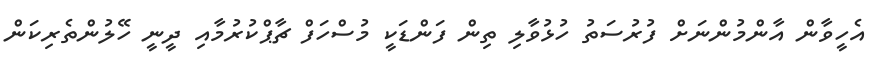
އެހީވާން އާންމުންނަށް ފުރުސަތު ހުޅުވާލި ތިން ފަންޑަކީ މުސްހަފް ޗާޕްކުރުމާއި ދީނީ ހޭލުންތެރިކަން